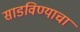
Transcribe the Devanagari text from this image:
साडविण्याचा